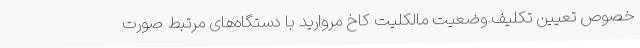
خصوص تعیین تکلیف وضعیت مالکلیت کاخ مروارید با دستگاه‌های مرتبط صورت